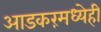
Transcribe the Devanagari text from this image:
आडकरंमध्येही